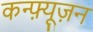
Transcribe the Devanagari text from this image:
कन्फ़्यूज़न